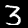
Label: 3